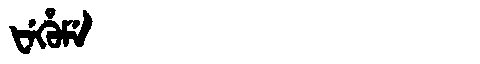
Manchu: ᡶᡝᡥᡠᠮᡝ
Romanization: FEHUME